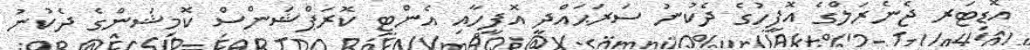
އޮޑިޓަރ ޖެނެރަލްގެ އޮފީހުގެ ދެކުނު ސަރަޙައްދީ އޮފީހާއި އެންޓި ކޮރަޕްޝަންސް ކޮމިޝަންގެ ދެކުނު